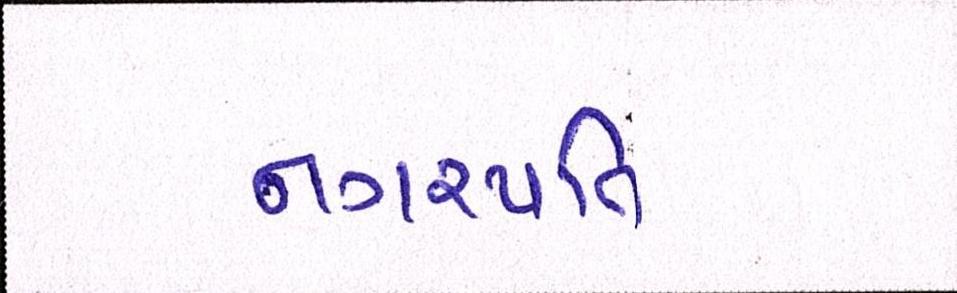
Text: નગરપતિ